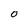
Character: O